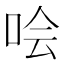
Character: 哙